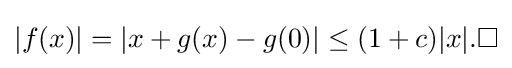
|f(x)|=|x+g(x)-g(0)|\leq (1+c)|x|.\square